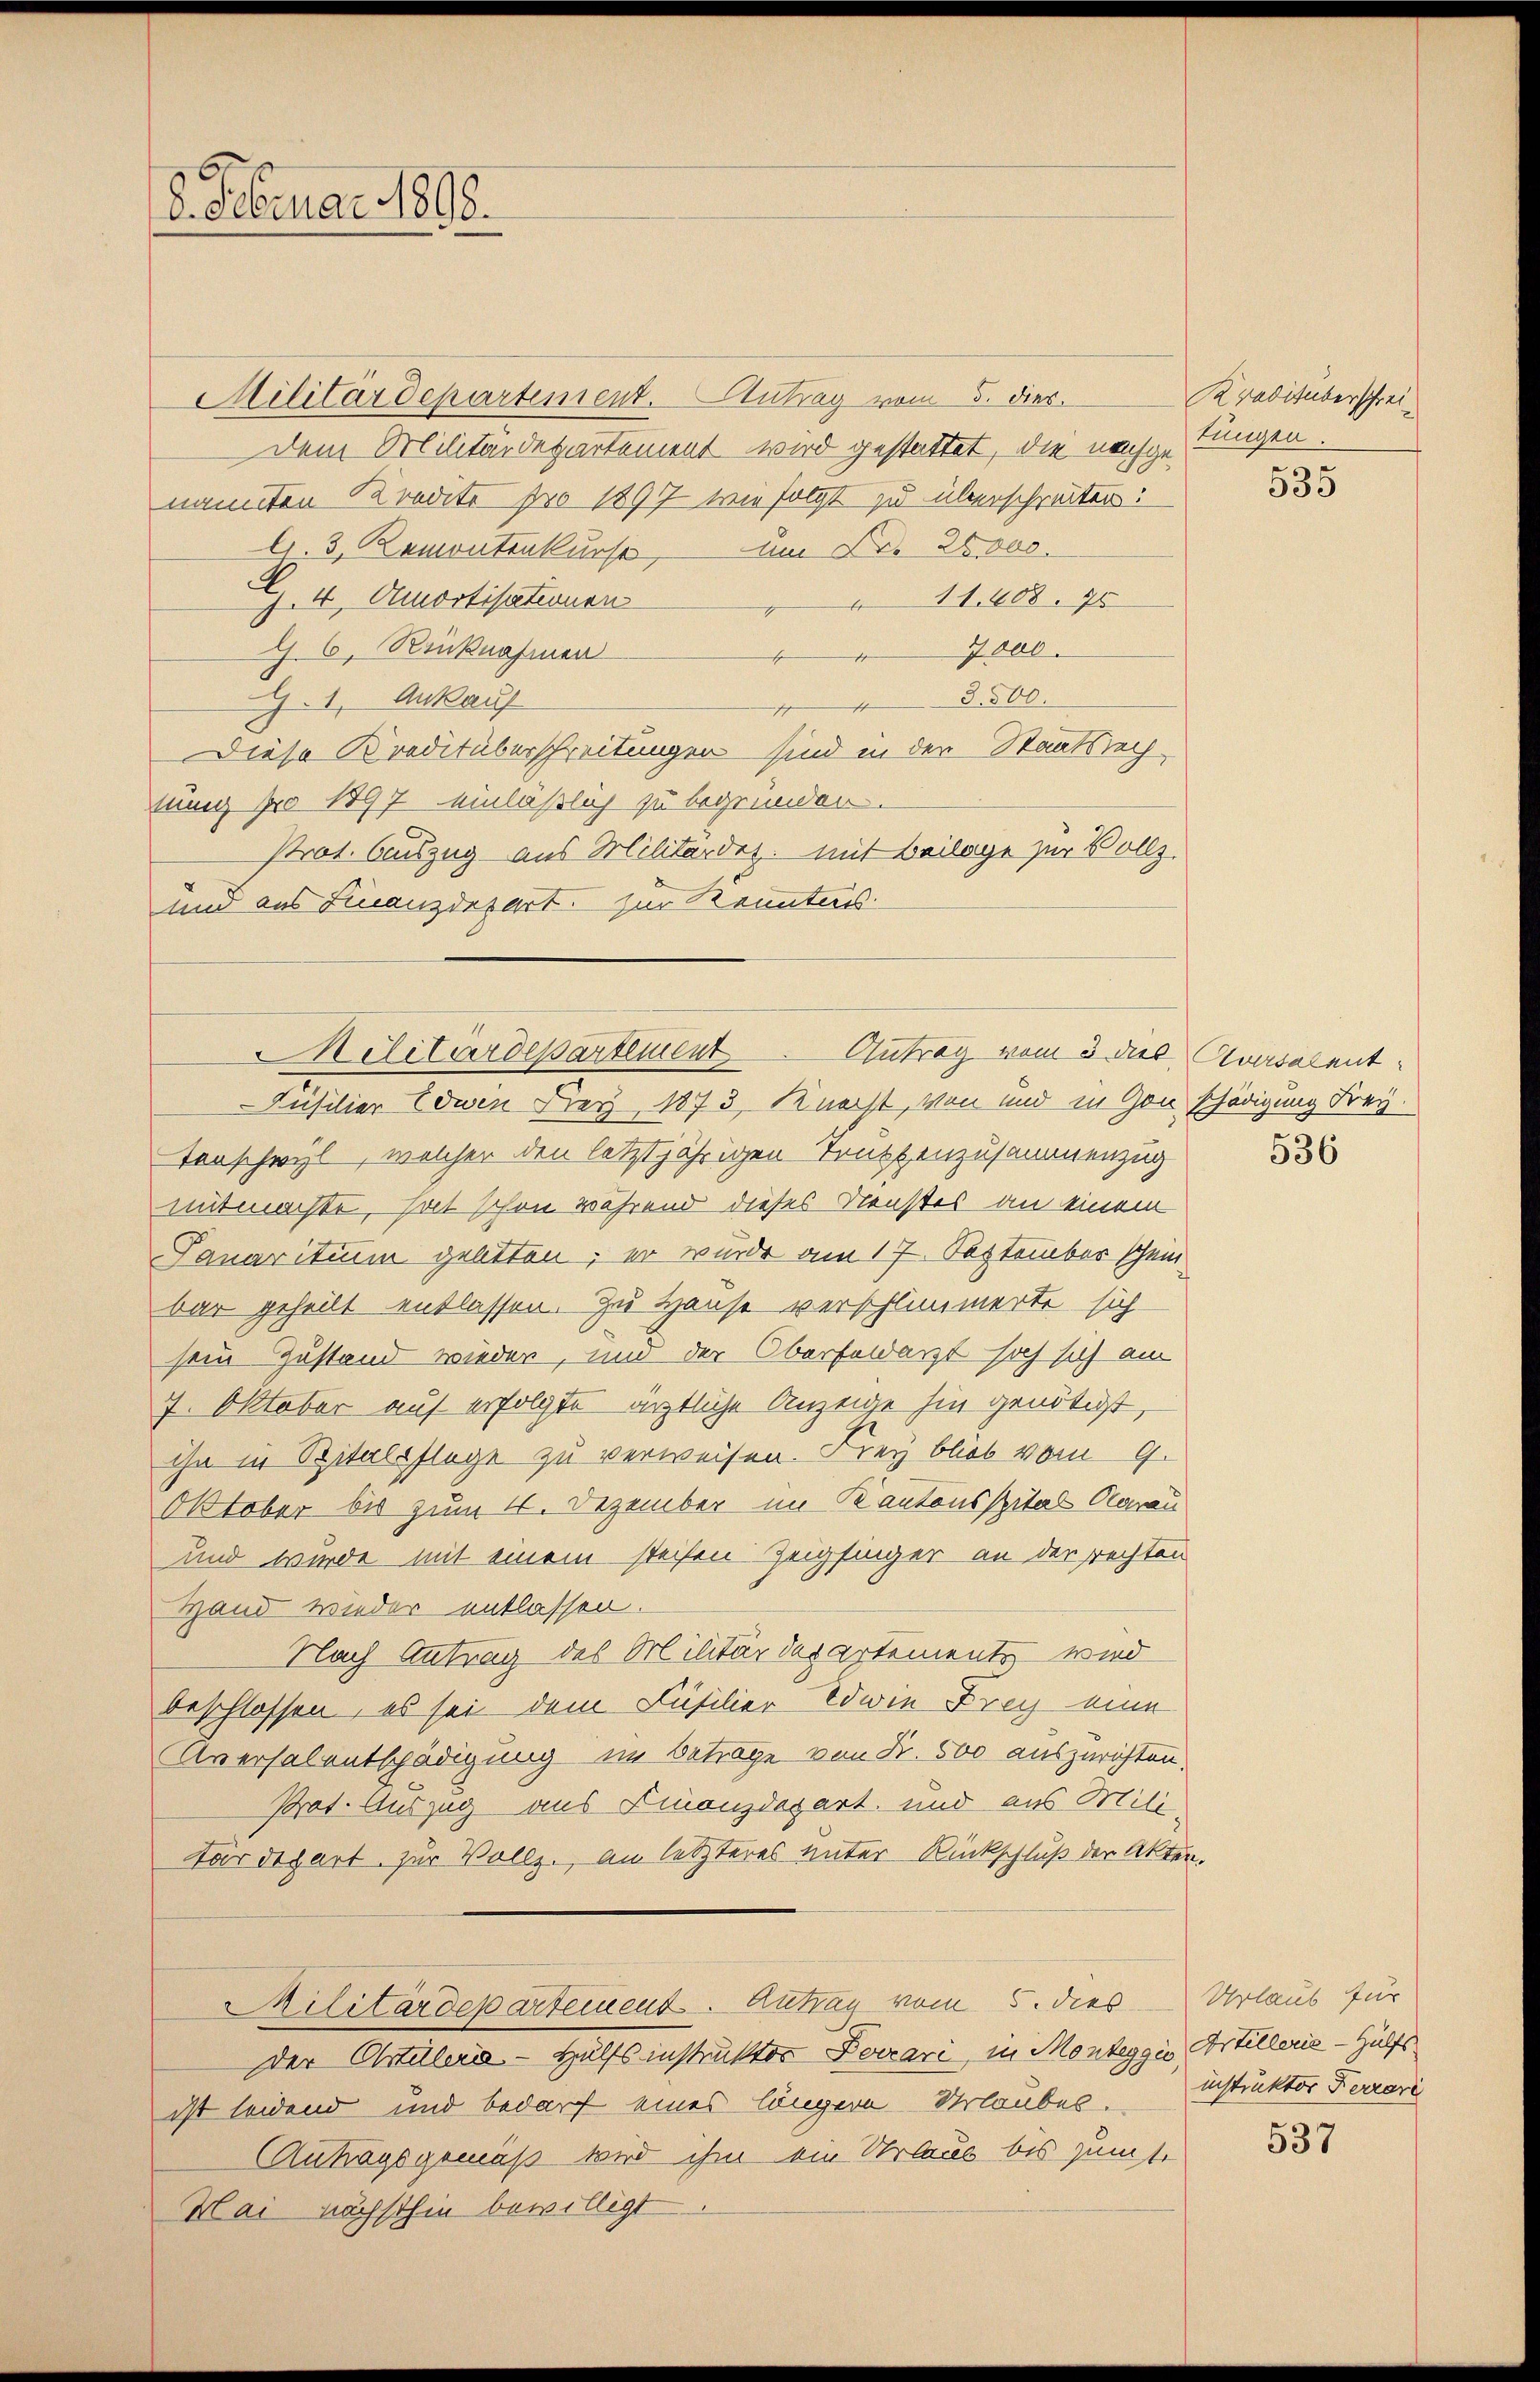
8. Februar 1898.

Militärdepartement. Antrag vom 5. dies
Dem Militärdepartement wird gestattet, die nachgesungen.
nannten Kredite pro 1897 wie folgt zu überschreiten:
A. 3. Remontenkurse, um Fr. 25000.
G. 4. Amortisationen
11. 608. 90
d. 6. Rücknahmen
7000
3500.
G. 1, Ankauf
DDiese Kreditüberschreitungen sind in der Staatsrechtung pro 1897 einläßlich zu begründen.
Prot. Auszug aus Militärdez. mit Beilage zur Vollz
und aus Finanzdepart zur Kenntnis
Insilier Edwin Frey, 1873, Knecht, von und in Gou-
Tonschwyl, welcher den letztjährigen Truppenzusammenzug
mitmachte, hat schon während dieses Neustes an einem
Sanaritium geltten; er wurde am 17. September scheinbar geheilt entlassen. Zu Hause verschlimmerte sich
sein Zustand wieder, und der Oberfeldarzt sich sich ein
7. Oktober auf erfolgte ärztliche Anzeige hin genötigt,
ihn in Spitalpflege zu verweisen. Frey blieb vom 9.
Oktober bis zum 1. Dezember im Kantonsspital Clarau
und wurde mit einem steifen Zeigfinger an der rechten
Hand wieder entlassen.
Nach Antrag des Militärdepartemente wird
beschlossen, es sei dem Füsilier-Edwie Frey eine
Aversalentschädigung im Betrage von Fr. 500 auszurichten
Prot. Auszug aus Finanzdepart, und aus Militärdepart zur Vollz., an letzteres unter Rückschluß der Akten
Militärdepartement. Antrau vom 5. dies
der Artilleria - Hülfs instruktor Jovari, in Monteggio Artillerie-Hülfs
ist leidend und bedarf eines längere Urlaubes.
Antragsgemäß wird ihm ein Urlaus bis zumt.
Mai nächsthin bewilligt.

Antrag vom 3. Dieb
Ailitärdepartement

Kreditüberschrei-

535

ursalent
schädigung Frey.

536

Urlaub für
instruktor Ferrari

537